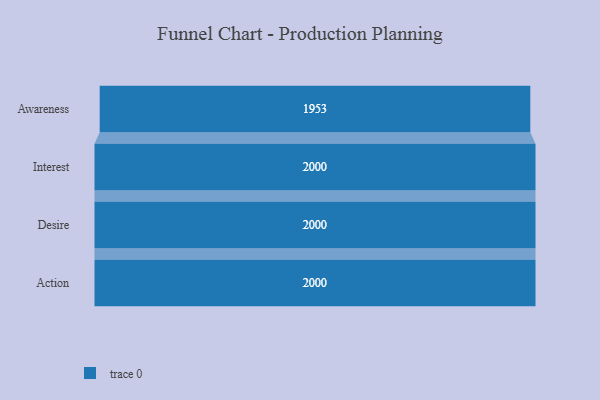
{"axis": {"x": "Stage", "y": "Value"}, "legend": [""], "data": [{"x": "Awareness", "y": 1953.0, "type": ""}, {"x": "Interest", "y": 2000, "type": ""}, {"x": "Desire", "y": 2000, "type": ""}, {"x": "Action", "y": 2000, "type": ""}]}